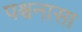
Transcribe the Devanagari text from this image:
पश्चनासा